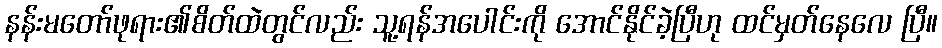
နန်းမတော်ဖုရား၏စိတ်ထဲတွင်လည်း သူ့ရန်အပေါင်းကို အောင်နိုင်ခဲ့ပြီဟု ထင်မှတ်နေလေ ပြီ။